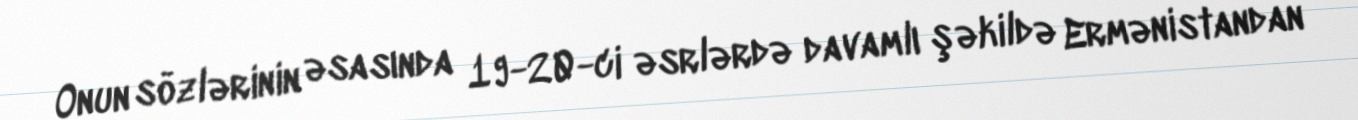
Onun sözlərinin əsasında 19-20-ci əsrlərdə davamlı şəkildə Ermənistandan